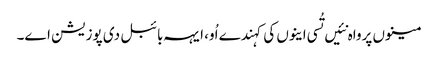
مینوں پرواہ نئیں تُسی اینوں کی کہندے اُو، ایہہ بائبل دی پوزیشن اے۔